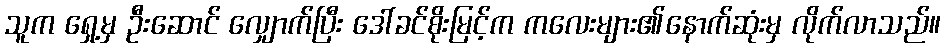
သူက ရှေ့မှ ဦးဆောင် လျှောက်ပြီး ဒေါ်ခင်စိုးမြင့်က ကလေးများ၏နောက်ဆုံးမှ လိုက်လာသည်။